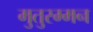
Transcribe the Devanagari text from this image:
मुतुरम्मन